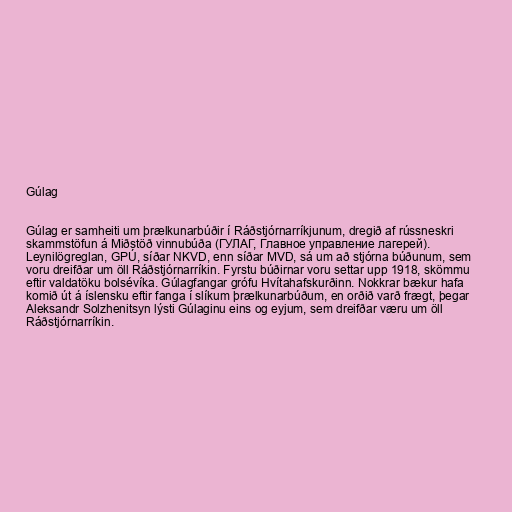
Gúlag

Gúlag er samheiti um þrælkunarbúðir í Ráðstjórnarríkjunum, dregið af rússneskri
skammstöfun á Miðstöð vinnubúða (ГУЛАГ, Главное управление лагерей).
Leynilögreglan, GPÚ, síðar NKVD, enn síðar MVD, sá um að stjórna búðunum, sem
voru dreifðar um öll Ráðstjórnarríkin. Fyrstu búðirnar voru settar upp 1918, skömmu
eftir valdatöku bolsévíka. Gúlagfangar grófu Hvítahafskurðinn. Nokkrar bækur hafa
komið út á íslensku eftir fanga í slíkum þrælkunarbúðum, en orðið varð frægt, þegar
Aleksandr Solzhenitsyn lýsti Gúlaginu eins og eyjum, sem dreifðar væru um öll
Ráðstjórnarríkin.